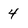
Character: 4